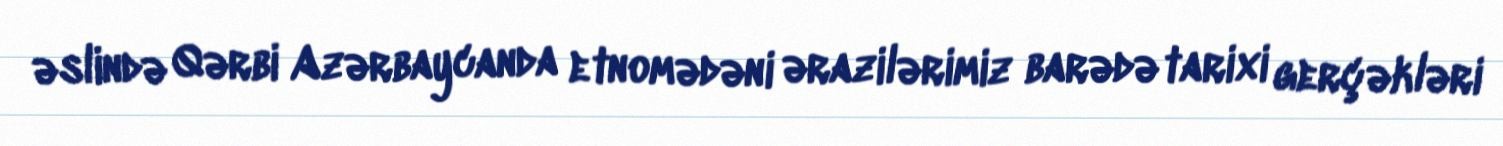
əslində Qərbi Azərbaycanda etnomədəni ərazilərimiz barədə tarixi gerçəkləri